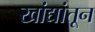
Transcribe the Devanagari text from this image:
खांद्यांतून